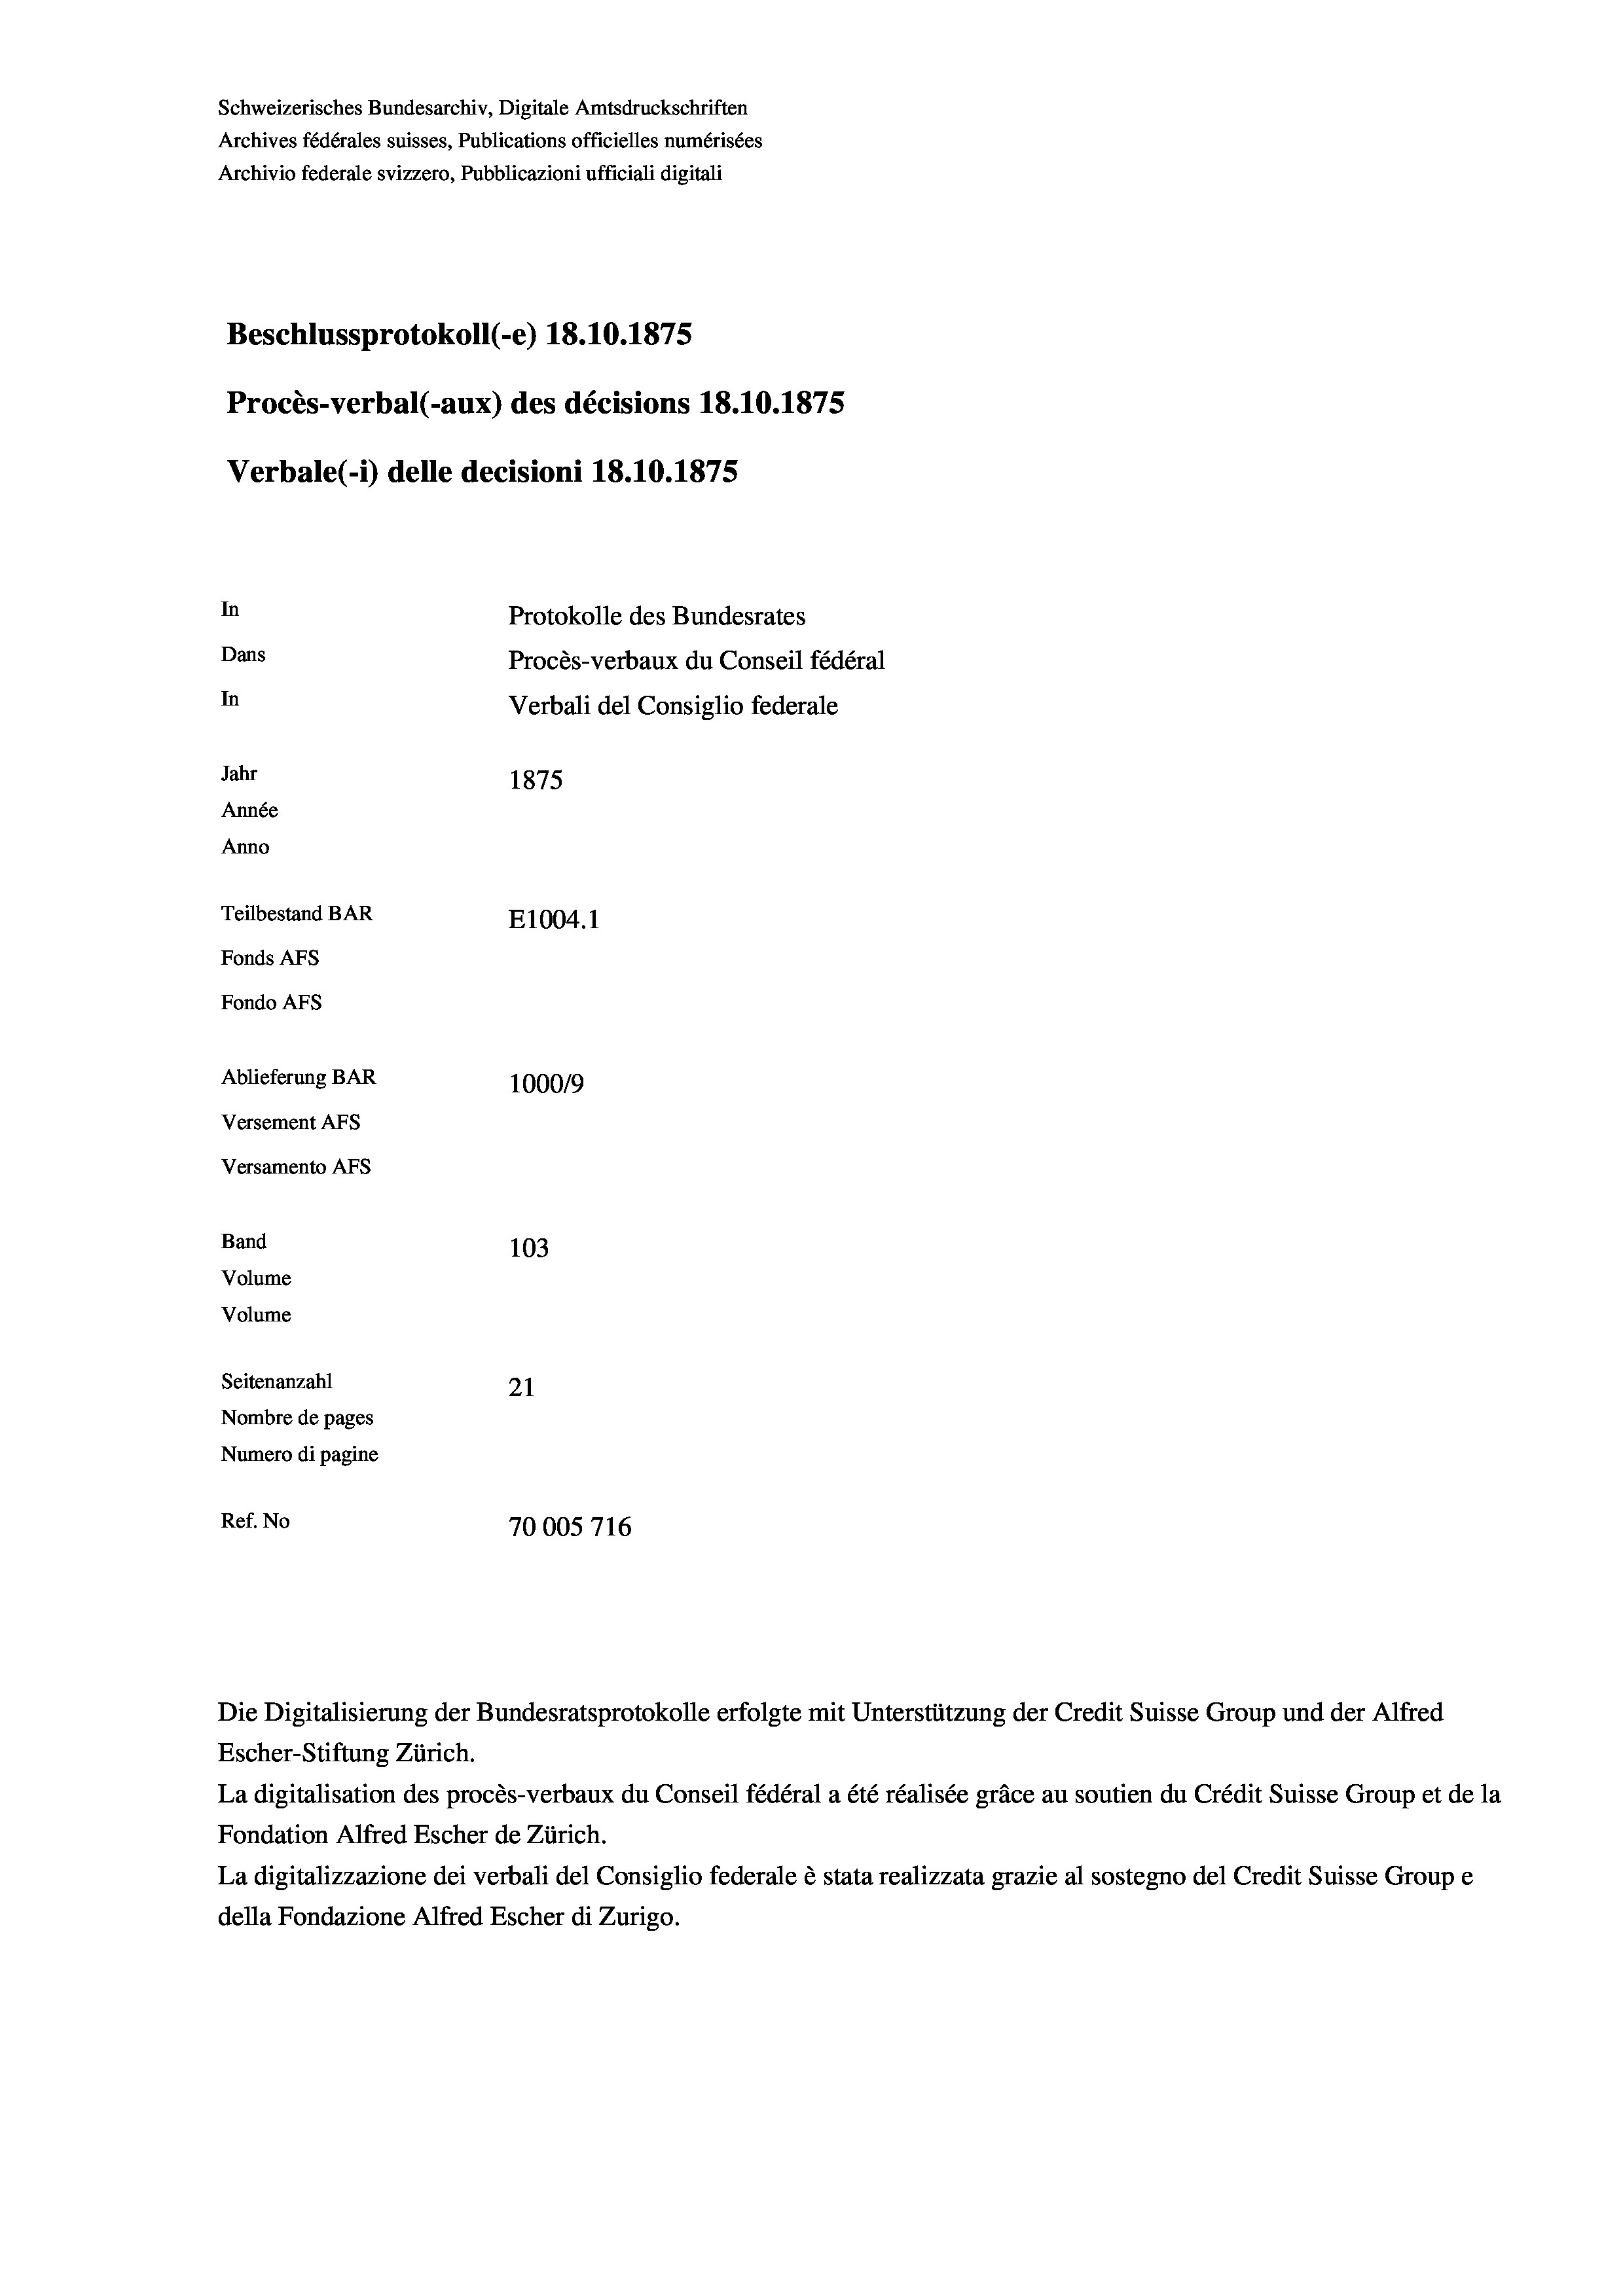
Schweizerisches Bundesarchiv, Digitale Amtsdruckschriften
Archives fédérales suisses, Publications officielles numérisées
Archivio federale svizzero, Pubblicazioni ufficiali digitali
Beschlussprotokoll (-e) 18.10.1875
Procès-verbal (-aux) des décisions 18.10.1875
Verbale (- 1) delle decisioni 18.10.1875
In
Protokolle des Bundesrates
Dans
Procès-verbaux du Conseil fédéral
In
Verbali del Consiglio federale
Jahr
1875
Année
Anno
Teilbestand BAR
E1004. 1
Fonds AFs
Fondo AFs

Ablieferung BAR
Versement Abs
Versamento Afs
Band
Volume
Volume
Seitenanzahl

1000/9
103
21
Nombre de pages
Numero di pagine
Ref. No
70005716

Escher-Stiftung Zürich.
La digitalisation des procès-verbaux du Conseil fédéral a été réalisée gräce au soutien du Crédit Suisse Group et de la
Fondation Alfred Escher de Zürich.
La digitalizzazione dei verbali del Consiglio federale è stata realizzata grazie al sostegno del Credit Suisse Groupe
della Fondazione Alfred Escher di Zurigo.

Die Digitalisierung der Bundesratsprotokolle erfolgte mit Unterstützung der Credit Suisse Group und der Alfred